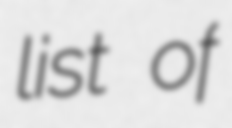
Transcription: list of